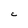
Character: C